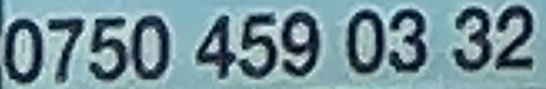
0750 459 03 32